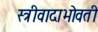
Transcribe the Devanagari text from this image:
स्त्रीवादाभोवती